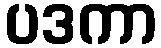
ပဒကာ